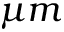
\mu m